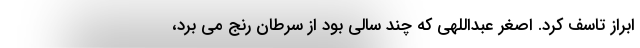
ابراز تاسف کرد. اصغر عبداللهی که چند سالی بود از سرطان رنج می برد،